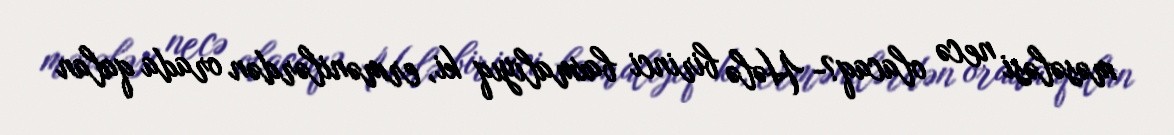
məsələsi necə olacaq?- Hələ birinci baxmalıyıq ki, ermənilərdən orada qalan